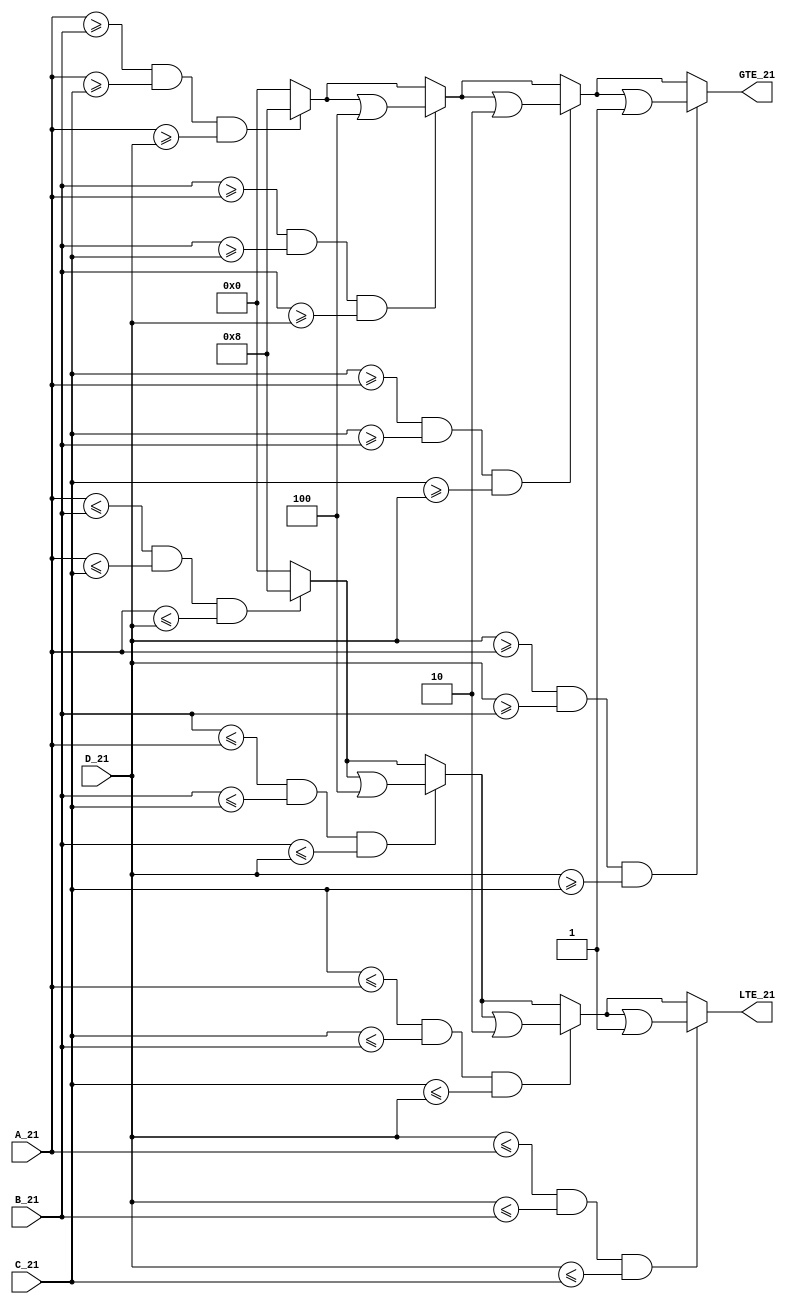
//______________________________________________________\\\\
//_____Compare 4 32-bit numbers without equalization_____\\\\
//________________________________________________________\\\\
module ALGO_4_32 (GTE_21, LTE_21, A_21,B_21,C_21,D_21);
output reg [3:0] GTE_21, LTE_21;     //Port Declarations
input [31:0] A_21,B_21,C_21,D_21;
always @(A_21,B_21,C_21,D_21) begin		//Behavioral Level Logic
GTE_21 =0; LTE_21 = 0;		//Initialization
if ((A_21>=B_21)&&(A_21>=C_21)&&(A_21>=D_21)) GTE_21=GTE_21|4'b1000; //A is Greatest
if ((B_21>=A_21)&&(B_21>=C_21)&&(B_21>=D_21)) GTE_21=GTE_21|4'b0100; //B is Greatest	
if ((C_21>=A_21)&&(C_21>=B_21)&&(C_21>=D_21)) GTE_21=GTE_21|4'b0010; //C is Greatest
if ((D_21>=A_21)&&(D_21>=B_21)&&(D_21>=C_21)) GTE_21=GTE_21|4'b0001; //D is Greatest
if ((A_21<=B_21)&&(A_21<=C_21)&&(A_21<=D_21)) LTE_21=LTE_21|4'b1000; //A is Lowest
if ((B_21<=A_21)&&(B_21<=C_21)&&(B_21<=D_21)) LTE_21=LTE_21|4'b0100; //B is Lowest
if ((C_21<=A_21)&&(C_21<=B_21)&&(C_21<=D_21)) LTE_21=LTE_21|4'b0010; //C is Lowest
if ((D_21<=A_21)&&(D_21<=B_21)&&(D_21<=C_21)) LTE_21=LTE_21|4'b0001; //D is Lowest
end endmodule 

//_______________________________________________________\\\\
//_______Compare 4 32-bit numbers with equalization_______\\\\
//_________________________________________________________\\\\
module ALGO_4_32_E (AGT_21,BGT_21,CGT_21,DGT_21,ALT_21,BLT_21,CLT_21,DLT_21,A_21,B_21,C_21,D_21);
output reg AGT_21,BGT_21,CGT_21,DGT_21,ALT_21,BLT_21,CLT_21,DLT_21;
input [31:0] A_21,B_21,C_21,D_21;		//Port Declarations
always @(A_21,B_21,C_21,D_21) begin		//Behavioral Level Logic
AGT_21 = (A_21>=B_21)&&(A_21>=C_21)&&(A_21>=D_21);	//A is Greatest
BGT_21 = (B_21>=A_21)&&(B_21>=C_21)&&(B_21>=D_21);	//B is Greatest	
CGT_21 = (C_21>=A_21)&&(C_21>=B_21)&&(C_21>=D_21);	//C is Greatest
DGT_21 = (D_21>=A_21)&&(D_21>=B_21)&&(D_21>=C_21);	//D is Greatest
ALT_21 = (A_21<=B_21)&&(A_21<=C_21)&&(A_21<=D_21);	//A is Lowest
BLT_21 = (B_21<=A_21)&&(B_21<=C_21)&&(B_21<=D_21);	//B is Lowest
CLT_21 = (C_21<=A_21)&&(C_21<=B_21)&&(C_21<=D_21);	//C is Lowest
DLT_21 = (D_21<=A_21)&&(D_21<=B_21)&&(D_21<=C_21);	//D is Lowest
end endmodule